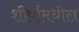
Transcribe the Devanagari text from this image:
शीर्षामधील